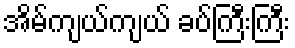
အိမ်ကျယ်ကျယ် ခပ်ကြီးကြီး